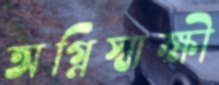
অগ্নিস্বাক্ষী